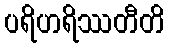
ပရိဟရိဿတီတိ